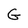
Character: G